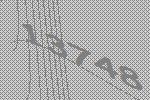
13748